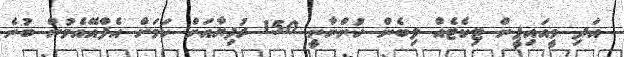
އަދި ވީއައިޕީން ޓިކެޓެއް ލިބެން ހުންނާނީ 150 ރުފިޔާއަށް ކަމަށް އެފްއޭއެމުން ބުނެ